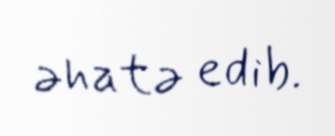
əhatə edib.